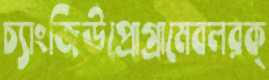
চ্যাংজিউপ্রোগ্রামেবলরক্